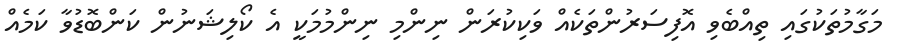
މަގާމުތަކުގައި ތިއްބެވި އޮފިސަރުންތަކެއް ވަކިކުރަން ނިންމި ނިންމުމަކީ އެ ކޯލިޝަނުން ކަންބޮޑުވާ ކަމެއް